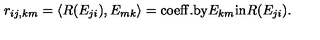
r _ { i j , k m } = \langle R ( E _ { j i } ) , E _ { m k } \rangle = \mathrm { c o e f f . b y } E _ { k m } \mathrm { i n } R ( E _ { j i } ) .